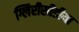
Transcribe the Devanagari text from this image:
ग्लिरीसीडीया